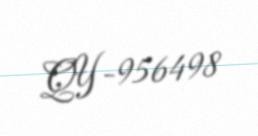
QY-956498